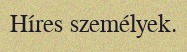
Híres személyek.